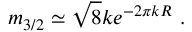
m _ { 3 / 2 } \simeq \sqrt { 8 } k e ^ { - 2 \pi k R } ~ .